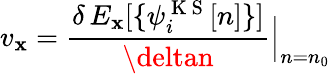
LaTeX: v_{\mathbf{x}}=\frac{{\delta\, E_{\mathbf{x}}[\{ \psi_{i}^{\mathrm{{~K~S~}}}[n]\} ]}}{{\deltan}}\Big|_{n=n_{0}}